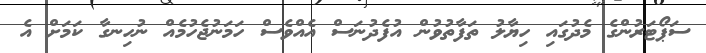
ސަޕޯޓަރުންގެ މެދުގައި ހިޔާލު ތަފާތުވުން އުފެދުނަސް އެއްވެސް ހަމަނުޖެހުމެއް ނުހިނގާ ކަމަށް އެ